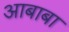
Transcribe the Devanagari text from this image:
आबाबा